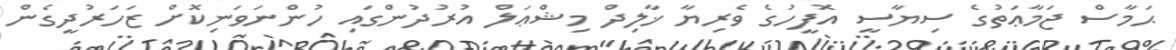
ޙަމާސް ޖަމާޢަތުގެ ސިޔާސީ އޮފީހުގެ ވެރިޔާ ޚާލިދް މިޝްޢަލް އުރުދުންގައި ހުންނަވަނިކޮށް ޒަހަރުދީގެން